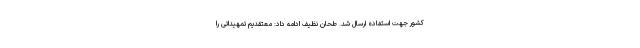
کشور جهت استفاده ارسال شد. طحان نظیف ادامه داد: معتقدیم تمهیداتی را